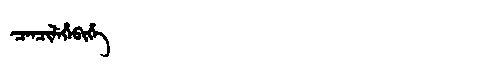
Manchu: ᠴᡝᠨᠴᡳᠯᡝᡥᡝᠪᡳᡥᡝ
Romanization: CENCILEHEBIHE